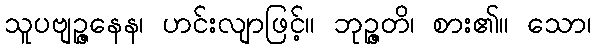
သူပဗျဉ္ဇနေန၊ ဟင်းလျာဖြင့်။ ဘုဉ္ဇတိ၊ စား၏။ သော၊